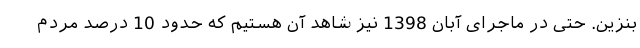
بنزین. حتی در ماجرای آبان 1398 نیز شاهد آن هستیم که حدود 10 درصد مردم